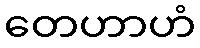
တေဟာဟံ